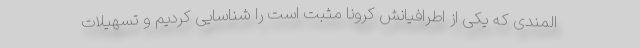
المندی که یکی از اطرافیانش کرونا مثبت است را شناسایی کردیم و تسهیلات